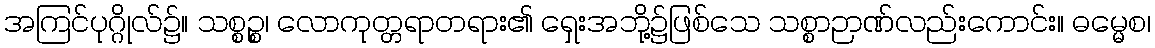
အကြင်ပုဂ္ဂိုလ်၌။ သစ္စဉ္စ၊ လောကုတ္တရာတရား၏ ရှေးအဘို့၌ဖြစ်သေ သစ္စာဉာဏ်လည်းကောင်း။ ဓမ္မေစ၊